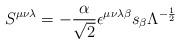
LaTeX: \begin{align*}S^{{\mu}{\nu}{\lambda}}=- \frac{\alpha}{\sqrt{2}}{\epsilon}^{{\mu}{\nu}{\lambda}{\beta}}s_{\beta}{\Lambda}^{-\frac{1}{2}}\end{align*}